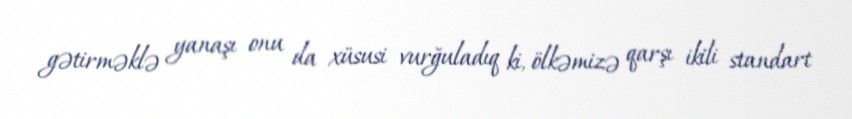
gətirməklə yanaşı onu da xüsusi vurğuladıq ki, ölkəmizə qarşı ikili standart